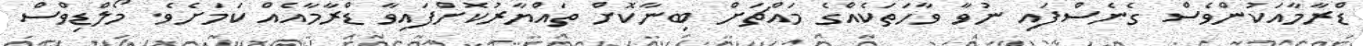
ޑްރާމާއަކުންވެސް ގެނެސްފައި ނުވާ ވާހަތަކެއްގެ މައްޗަށް ބިނާކޮށް ތައްޔާރުކޮށްފައިވާ ޑްރާމާއެއް ކަމަށެވެ. މޯލްޑިވްސް